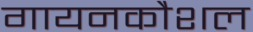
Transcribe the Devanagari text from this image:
गायनकौशल